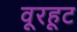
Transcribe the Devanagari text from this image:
वूरहूट